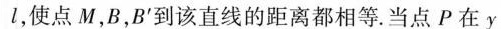
l，使点M，B，B'到该直线的距离都相等。当点P在y